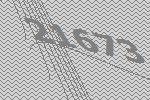
21673